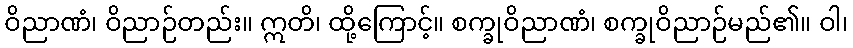
ဝိညာဏံ၊ ဝိညာဉ်တည်း။ ဣတိ၊ ထို့ကြောင့်။ စက္ခုဝိညာဏံ၊ စက္ခုဝိညာဉ်မည်၏။ ဝါ၊